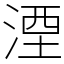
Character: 湮